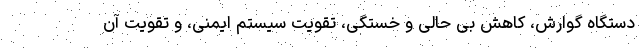
دستگاه گوارش، کاهش بی حالی و خستگی، تقویت سیستم ایمنی، و تقویت آن